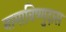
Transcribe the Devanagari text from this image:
नामाविष्णुदास